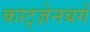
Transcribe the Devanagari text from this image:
काट्ज़ेनबर्ग